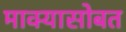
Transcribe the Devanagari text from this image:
माक्यासोबत